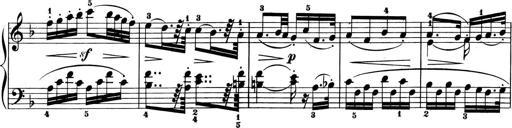
Title: 6 Piano Sonatinas
Composer: Cornelius Gurlitt